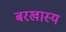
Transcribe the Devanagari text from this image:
बरखास्य